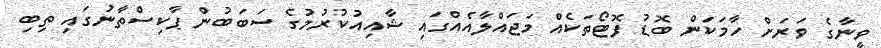
ވީނާގެ ވަރަށް ހާމަކަން ބޮޑު ފޮޓޯތަކެއް މަޖައްލާއެއްގައި ޝާއިއުކުރުމުގެ ސަބަބުން ޕާކިސްތާނުގައި ތިބި